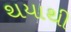
થયાથી